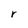
Character: r